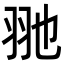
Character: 𦏸